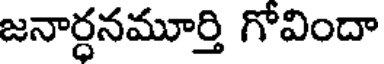
జనార్ధనమూర్తి గోవిందా